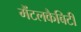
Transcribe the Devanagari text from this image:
मैंटलकैबिटी